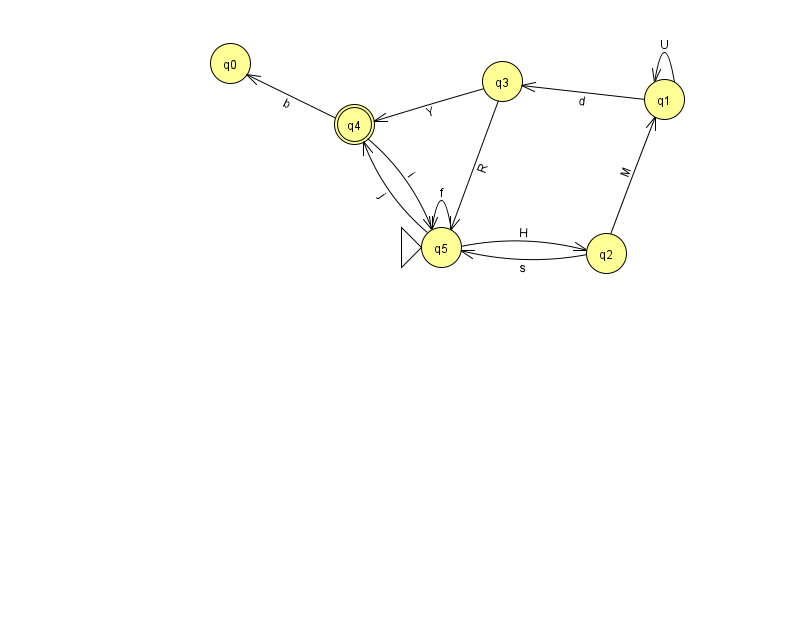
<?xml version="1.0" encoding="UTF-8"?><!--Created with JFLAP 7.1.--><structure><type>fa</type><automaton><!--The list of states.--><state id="0" name="q0"><x>230.0</x><y>50.0</y></state><state id="1" name="q1"><x>664.0</x><y>86.0</y></state><state id="2" name="q2"><x>606.0</x><y>240.0</y></state><state id="3" name="q3"><x>502.0</x><y>68.0</y></state><state id="4" name="q4"><x>354.0</x><y>111.0</y><final/></state><state id="5" name="q5"><x>441.0</x><y>234.0</y><initial/></state><!--The list of transitions.--><transition><from>4</from><to>5</to><read>i</read></transition><transition><from>4</from><to>0</to><read>b</read></transition><transition><from>5</from><to>4</to><read>j</read></transition><transition><from>1</from><to>1</to><read>U</read></transition><transition><from>2</from><to>5</to><read>s</read></transition><transition><from>5</from><to>5</to><read>f</read></transition><transition><from>1</from><to>3</to><read>d</read></transition><transition><from>2</from><to>1</to><read>M</read></transition><transition><from>3</from><to>5</to><read>R</read></transition><transition><from>5</from><to>2</to><read>H</read></transition><transition><from>3</from><to>4</to><read>Y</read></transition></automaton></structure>